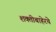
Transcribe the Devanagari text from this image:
शक्तीबाहेरचे